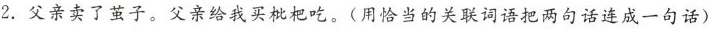
2.父亲卖了茧子。父亲给我买吃。(用恰当的关联词语把两句话连成一句话)